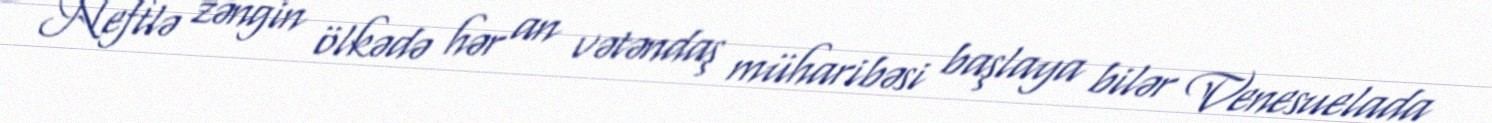
Neftlə zəngin ölkədə hər an vətəndaş müharibəsi başlaya bilər Venesuelada